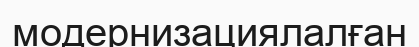
модернизациялалған